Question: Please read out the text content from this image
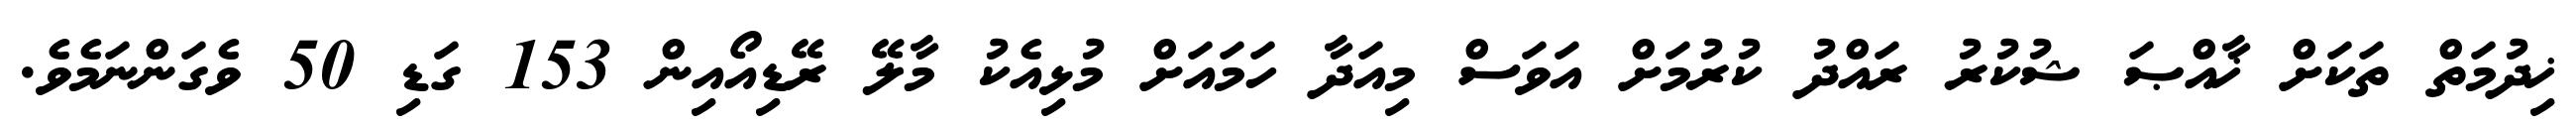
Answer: ޚިދުމަތް ތަކަށް ޚާއްޞަ ޝުކުރު ރައްދު ކުރުމަށް އަވަސް މިއަދާ ހަމައަށް މުޅިއެކު މާލޭ ރޭޑިއޯއިން 153 ގަޑި 50 ވެގަންނަމެވެ.